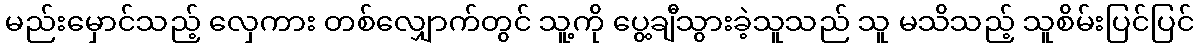
မည်းမှောင်သည့် လှေကား တစ်လျှောက်တွင် သူ့ကို ပွေ့ချီသွားခဲ့သူသည် သူ မသိသည့် သူစိမ်းပြင်ပြင်